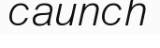
caunch